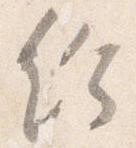
給